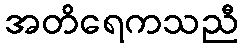
အတိရေကသညီ